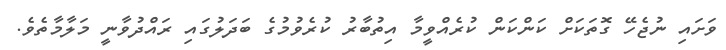
ވަށައި ނުޖެހޭ ގޮތަކަށް ކަންކަން ކުރެއްވީމާ އިތުބާރު ކުރެވުމުގެ ބަދަލުގައި ރައްދުވާނީ މަލާމާތެވެ.